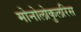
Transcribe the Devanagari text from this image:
मोनोलोकुलरिस